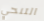
التنحي